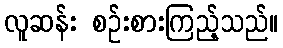
လူဆန်း စဉ်းစားကြည့်သည်။